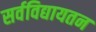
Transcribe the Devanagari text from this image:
सर्वविद्यायतन